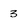
Character: 3